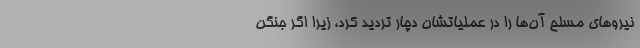
نیرو‌های مسلح آن‌ها را در عملیاتشان دچار تردید کرد، زیرا اگر جنگن